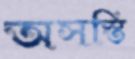
অসস্তি